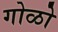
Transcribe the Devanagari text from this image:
गोळो